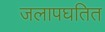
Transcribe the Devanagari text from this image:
जलापघतित